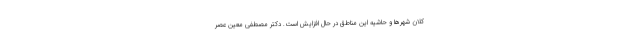
کلان شهرها و حاشیه این مناطق در حال افزایش است. دکتر مصطفی معین عصر